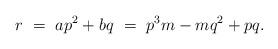
LaTeX: \begin{align*}r \ =\ ap^2 + bq \ =\ p^3m- mq^2 + pq.\end{align*}